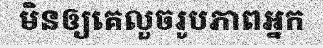
មិនឲ្យគេលួចរូបភាពអ្នក